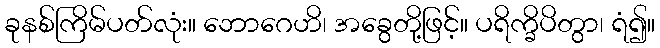
ခုနစ်ကြိမ်ပတ်လုံး။ ဘောဂေဟိ၊ အခွေတို့ဖြင့်။ ပရိက္ခိပိတွာ၊ ရံ၍။